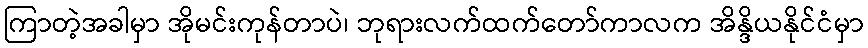
ကြာတဲ့အခါမှာ အိုမင်းကုန်တာပဲ၊ ဘုရားလက်ထက်တော်ကာလက အိန္ဒိယနိုင်ငံမှာ